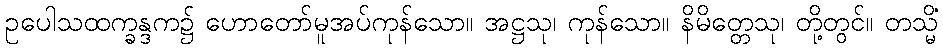
ဥပေါသထက္ခန္ဒက၌ ဟောတော်မူအပ်ကုန်သော။ အဋ္ဌသု၊ ကုန်သော။ နိမိတ္တေသု၊ တို့တွင်။ တသ္မိံ